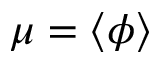
\mu = \langle \phi \rangle